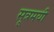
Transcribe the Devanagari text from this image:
सूत्रमयी